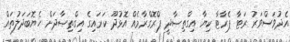
އެދުވަސްވަރު ރަޓާ ޕެރާޓާ ކިޔާ އިގްތިޞާދީ ޕްރޮގްރާމެއް އޮޅުދޫ ކަރައިގެ އިގްތިޞާދަށް ހެޔޮބަދަލުތައް